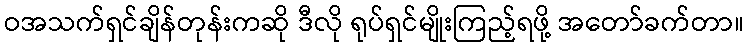
ဝအသက်ရှင်ချိန်တုန်းကဆို ဒီလို ရုပ်ရှင်မျိုးကြည့်ရဖို့ အတော်ခက်တာ။